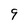
Character: 9